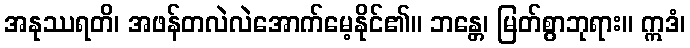
အနုဿရတိ၊ အဖန်တလဲလဲအောက်မေ့နိုင်၏။ ဘန္တေ၊ မြတ်စွာဘုရား။ ဣဒံ၊